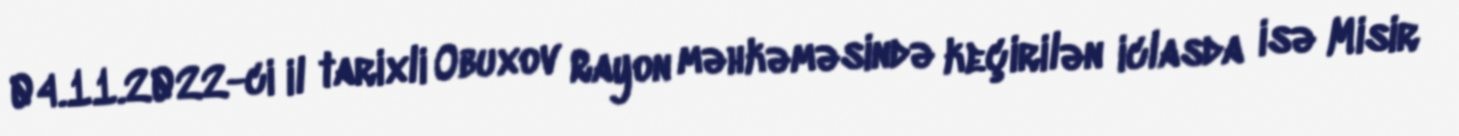
04.11.2022-ci il tarixli Obuxov Rayon məhkəməsində keçirilən iclasda isə Misir